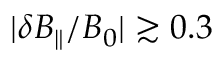
| \delta B _ { \parallel } / B _ { 0 } | \gtrsim 0 . 3